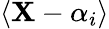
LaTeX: \langle\mathbf{X}-\alpha_{i}\rangle